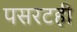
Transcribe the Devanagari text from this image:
पसरटही